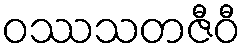
ဝဿသတဇီဝီ